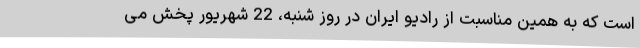
است که به همین مناسبت از رادیو ایران در روز شنبه، 22 شهریور پخش می